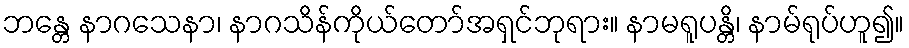
ဘန္တေ နာဂသေနာ၊ နာဂသိန်ကိုယ်တော်အရှင်ဘုရား။ နာမရူပန္တိ၊ နာမ်ရုပ်ဟူ၍။